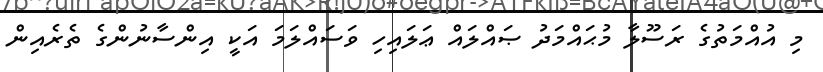
މި އުއްމަތުގެ ރަސޫލާ މުޙައްމަދު ޞައްލައް ޢަލައިހި ވަސައްލަމަ އަކީ އިންސާނުންގެ ތެރެއިން